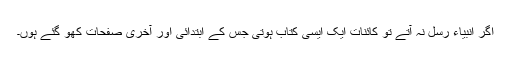
اگر انبیاء رسل نہ آتے تو کائنات ایک ایسی کتاب ہوتی جس کے ابتدائی اور آخری صفحات کھو گئے ہوں۔